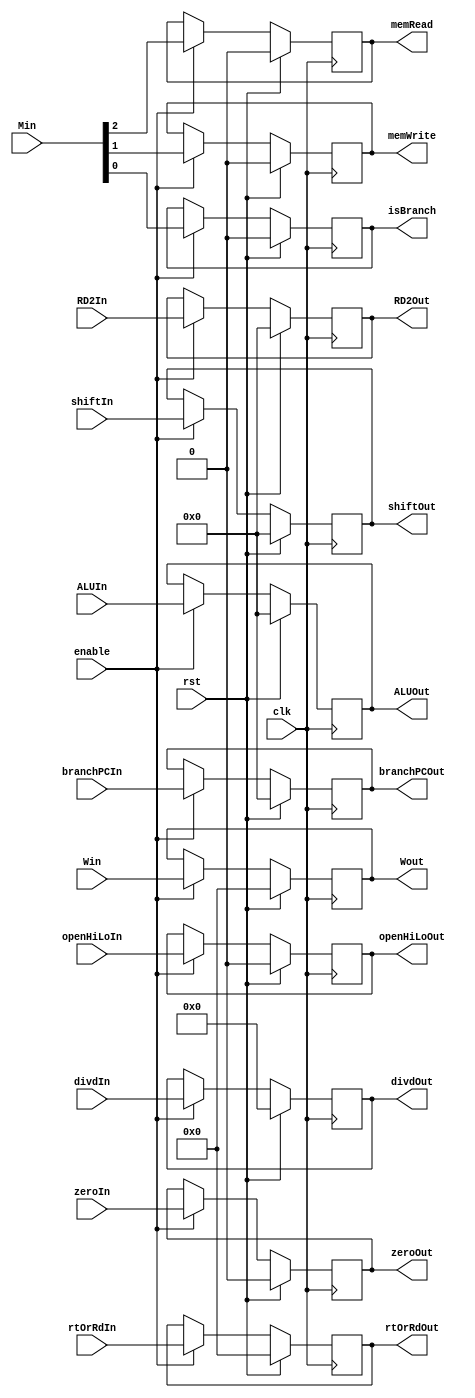
`timescale 1ns/1ns

module EX_MEM_Reg ( clk, rst, enable, Win, Min, Wout, isBranch,
					shiftIn, shiftOut, branchPCIn, branchPCOut,
					divdIn, divdOut, ALUIn, ALUOut, openHiLoIn, openHiLoOut,
					RD2In, RD2Out, zeroIn, zeroOut, 
					rtOrRdIn, rtOrRdOut, memWrite, memRead ) ;

	input clk, rst, enable, openHiLoIn ;
	input [4:0] Win ;
	input [2:0] Min ;
	input [31:0] branchPCIn, ALUIn, RD2In, shiftIn ;
	input [63:0] divdIn ;
	input zeroIn ;
	input [4:0] rtOrRdIn ;

	output isBranch, memWrite, memRead, openHiLoOut ;
	output [4:0] Wout ;
	output [31:0] branchPCOut, ALUOut, RD2Out, shiftOut ;
	output [63:0] divdOut ;
	output zeroOut ;
	output [4:0] rtOrRdOut ;

	reg T_isBranch, T_memWrite, T_memRead, T_openHiLoOut ;
	reg [4:0] T_Wout ;
	reg [31:0] T_branchPCOut, T_ALUOut, T_RD2Out, T_shiftOut ;
	reg [63:0] T_divdOut ;
	reg T_zeroOut ;
	reg [4:0] T_rtOrRdOut ;

	always @( posedge clk ) begin

		if ( rst ) begin

			T_isBranch <= 1'b0 ;
			T_memWrite <= 1'b0 ;
			T_memRead <= 1'b0 ;
			T_openHiLoOut <= 1'b0 ;
			T_Wout <= 5'b0 ;
			T_branchPCOut <= 32'b0 ;
			T_divdOut <= 64'b0 ;
			T_shiftOut <= 32'b0 ;
			T_ALUOut <= 32'b0 ;
			T_RD2Out <= 32'b0 ;
			T_zeroOut <= 1'b0 ;
			T_rtOrRdOut <= 5'b0 ;

		end

		else if ( enable ) begin

			T_isBranch <= Min[0] ;
			T_memWrite <= Min[1] ;
			T_memRead <= Min[2] ;
			T_openHiLoOut <= openHiLoIn ;
			T_Wout <= Win ;
			T_branchPCOut <= branchPCIn ;
			T_divdOut <= divdIn ;
			T_shiftOut <= shiftIn ;
			T_ALUOut <= ALUIn ;
			T_RD2Out <= RD2In ;
			T_zeroOut <= zeroIn ;
			T_rtOrRdOut <= rtOrRdIn ;

		end

	end

	assign isBranch = T_isBranch ;
	assign memWrite = T_memWrite ;
	assign memRead = T_memRead ;
	assign openHiLoOut = T_openHiLoOut ;
	assign Wout = T_Wout ;
	assign branchPCOut = T_branchPCOut ;
	assign divdOut = T_divdOut ;
	assign shiftOut = T_shiftOut ;
	assign ALUOut = T_ALUOut ;
	assign RD2Out = T_RD2Out ;
	assign zeroOut = T_zeroOut ;
	assign rtOrRdOut = T_rtOrRdOut ;

endmodule